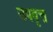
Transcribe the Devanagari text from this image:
उपवृत्त